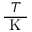
\frac { T } { \textrm { K } }